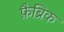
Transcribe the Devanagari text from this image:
फ़ैब्रिक